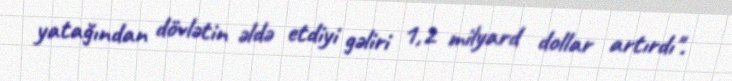
yatağından dövlətin əldə etdiyi gəliri 1,2 milyard dollar artırdı".